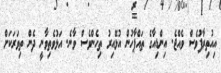
އިއުތިރާފުވެސް ވެއްޖެ. އިންޑިއާގެ ތައްޕާހުން އުޅޭއިރު ތިހެންވެސް ވާނެ. އަަޅުވެތިވާނީ ދެން ތިވަރަކަށް